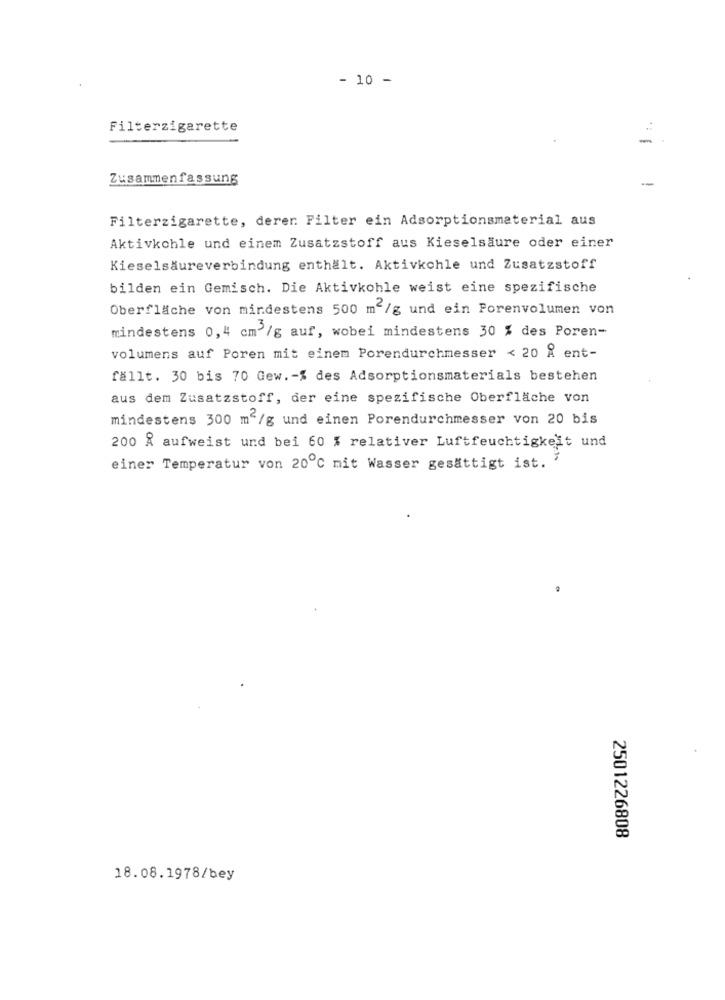
- 10 -
Filterzigarette
-
Zusammenfassung
Filterzigarette, derer Filter ein Adsorptionsmaterial aus
Aktivkohle und einem Zusatzstoff aus Kieselsäure oder einer
Kieselsäureverbindung enthält. Aktivkohle und Zusatzstoff
bilden ein Gemisch. Die Aktivkohle weist eine spezifische
Oberfläche von mindestens 500 m2/g und ein Porenvolumen von
mindestens 0,4 cm /g auf, wobei mindestens 30 % des Poren-
volumens auf Poren mit einem Porendurchmesser < 20 & ent-
fällt. 30 bis 70 Gew .- % des Adsorptionsmaterials bestehen
aus dem Zusatzstoff, der eine spezifische Oberfläche von
mindestens 300 m2/g und einen Porendurchmesser von 20 bis
200 Å aufweist und bei 60 % relativer Luftfeuchtigkeit und
einer Temperatur von 20℃ mit Wasser gesättigt ist.
2501226808
18.08.1978/bey